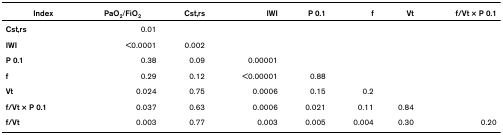
<table><thead><tr><td><b>Index</b></td><td><b>PaO<sub>2</sub>/FiO<sub>2</sub></b></td><td><b>Cst,rs</b></td><td><b>IWI</b></td><td><b>P 0.1</b></td><td><b>f</b></td><td><b>Vt</b></td><td><b>f/Vt × P 0.1</b></td></tr></thead><tbody><tr><td><b>Cst,rs</b></td><td>0.01</td><td></td><td></td><td></td><td></td><td></td><td></td></tr><tr><td><b>IWI</b></td><td>&lt;0.0001</td><td>0.002</td><td></td><td></td><td></td><td></td><td></td></tr><tr><td><b>P 0.1</b></td><td>0.38</td><td>0.09</td><td>0.00001</td><td></td><td></td><td></td><td></td></tr><tr><td><b>f</b></td><td>0.29</td><td>0.12</td><td>&lt;0.00001</td><td>0.88</td><td></td><td></td><td></td></tr><tr><td><b>Vt</b></td><td>0.024</td><td>0.75</td><td>0.0006</td><td>0.15</td><td>0.2</td><td></td><td></td></tr><tr><td><b>f/Vt × P 0.1</b></td><td>0.037</td><td>0.63</td><td>0.0006</td><td>0.021</td><td>0.11</td><td>0.84</td><td></td></tr><tr><td><b>f/Vt</b></td><td>0.003</td><td>0.77</td><td>0.003</td><td>0.005</td><td>0.004</td><td>0.30</td><td>0.20</td></tr></tbody></table>